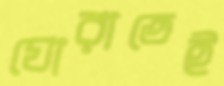
ঘোরাতেই